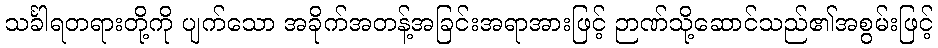
သင်္ခါရတရားတို့ကို ပျက်သော အခိုက်အတန့်အခြင်းအရာအားဖြင့် ဉာဏ်သို့ဆောင်သည်၏အစွမ်းဖြင့်